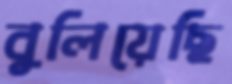
বুলিয়েছি